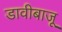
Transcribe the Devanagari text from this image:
डावीबाजू